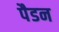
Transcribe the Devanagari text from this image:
पैडन